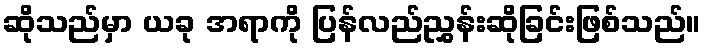
ဆိုသည်မှာ ယခု အရာကို ပြန်လည်ညွှန်းဆိုခြင်းဖြစ်သည်။